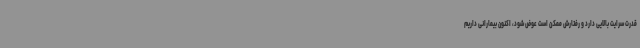
قدرت سرایت بالایی دارد و رفتارش ممکن است عوض شود، اکنون بیمارانی داریم